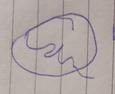
Signature authenticity: forged